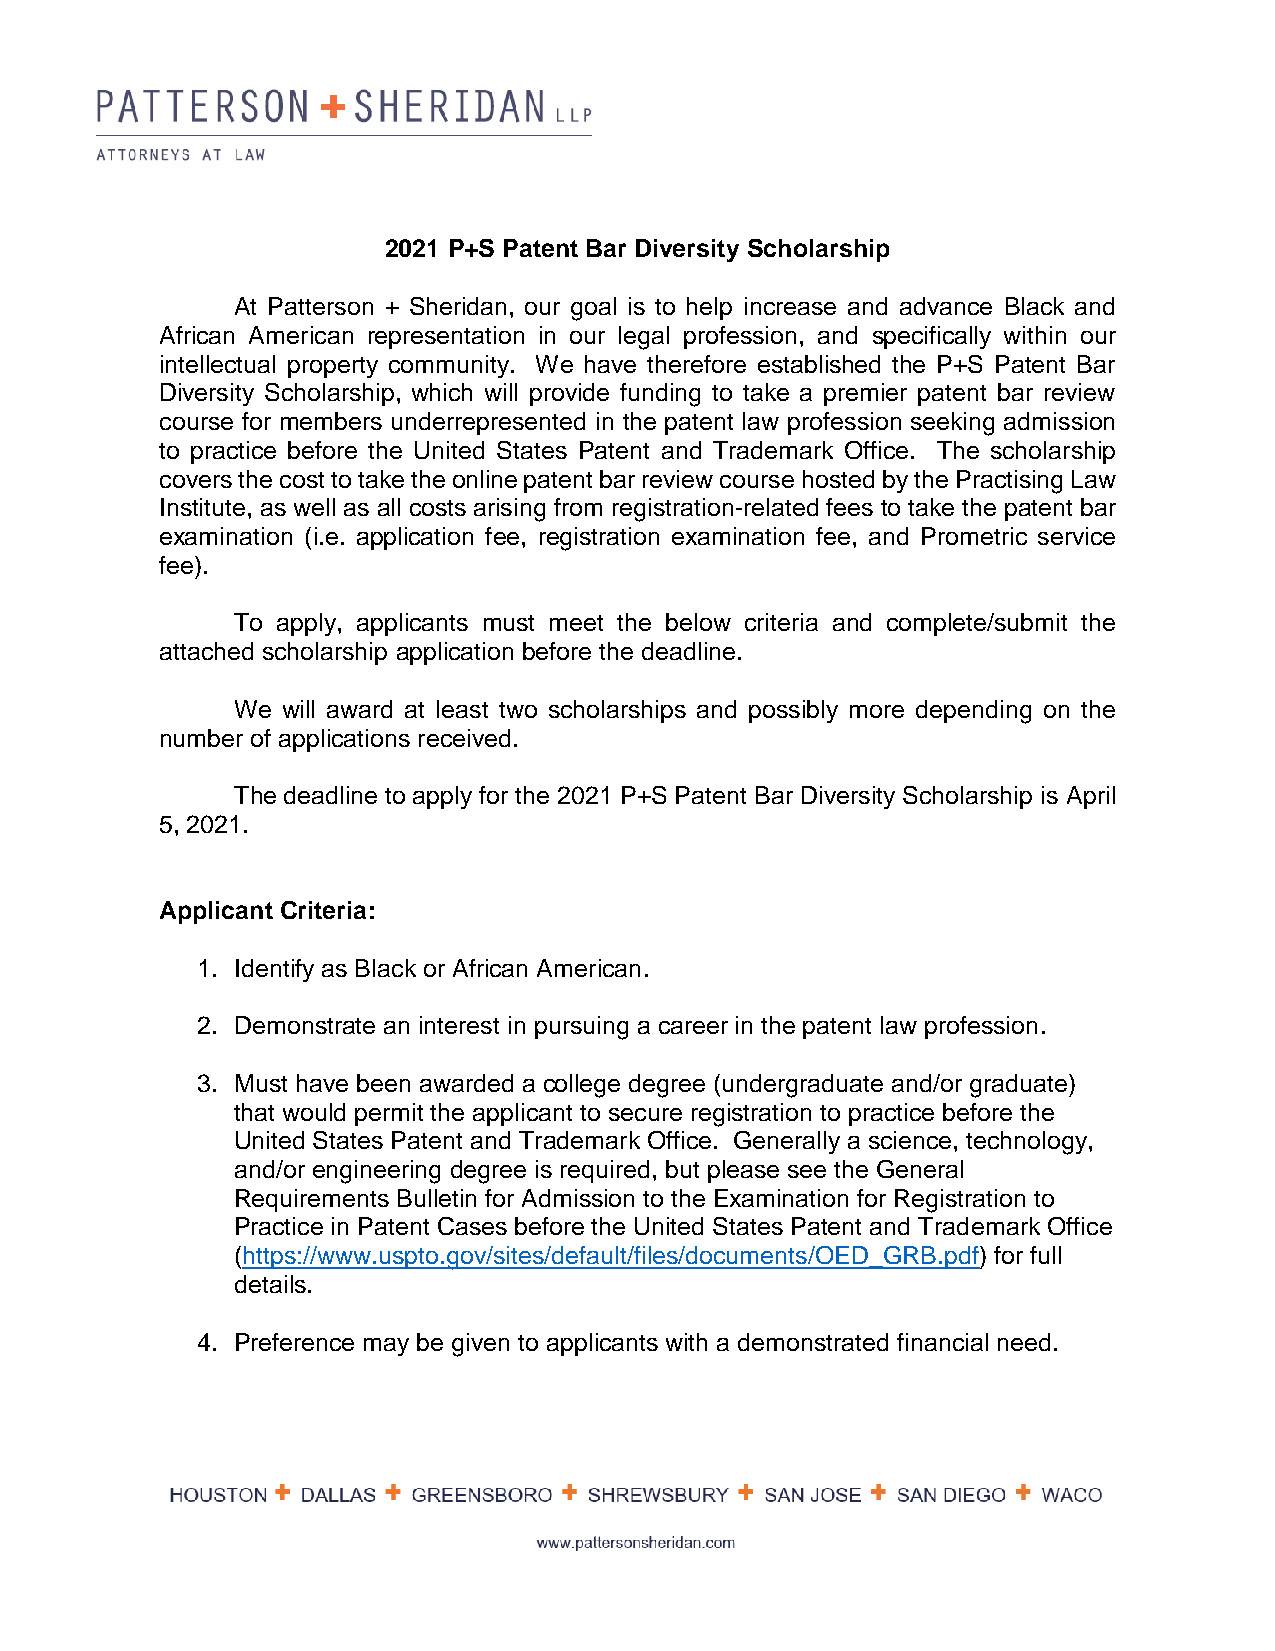
2021 P+S Patent Bar Diversity Scholarship
 At Patterson + Sheridan, our goal is to help increase and advance Black and
 African American representation in our legal profession, and specifically within our
 intellectual property community. We have therefore established the P+S Patent Bar
 Diversity Scholarship, which will provide funding to take a premier patent bar review
 course for members underrepresented in the patent law profession seeking admission
 to practice before the United States Patent and Trademark Office. The scholarship
 covers the cost to take the online patent bar review course hosted by the Practising Law
 Institute, as well as all costs arising from registration-related fees to take the patent bar
 examination (i.e. application fee, registration examination fee, and Prometric service
 fee).
 To apply, applicants must meet the below criteria and complete/submit the
 attached scholarship application before the deadline.
 We  will award at least two scholarships and possibly more depending on the
 number of applications received.
 The deadline to apply for the 2021 P+S Patent Bar Diversity Scholarship is April
 5, 2021.
 Applicant Criteria:
 1. Identify as Black or African American.
 2. Demonstrate an interest in pursuing a career in the patent law profession.
 3. Must have been awarded a college degree (undergraduate and/or graduate)
 that would permit the applicant to secure registration to practice before the
 United States Patent and Trademark Office. Generally a science, technology,
 and/or engineering degree is required, but please see the General
 Requirements Bulletin for Admission to the Examination for Registration to
 Practice in Patent Cases before the United States Patent and Trademark Office
 (https://www.uspto.gov/sites/default/files/documents/OED_GRB.pdf) for full
 details.
 4. Preference may be given to applicants with a demonstrated financial need.